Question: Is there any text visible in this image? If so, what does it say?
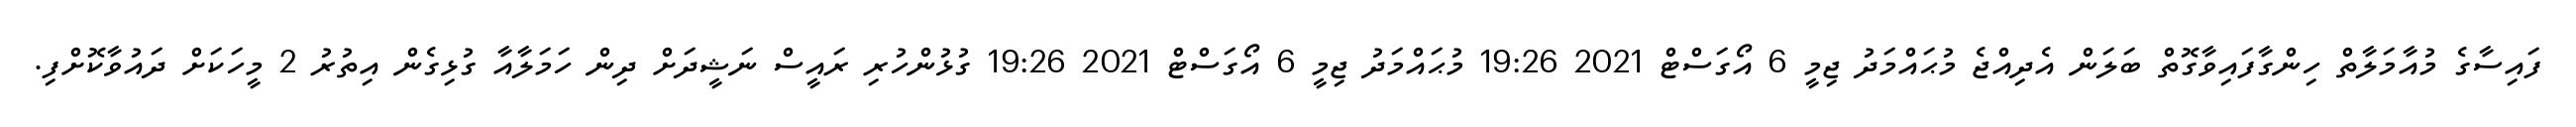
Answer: ފައިސާގެ މުއާމަލާތް ހިންގާފައިވާގޮތް ބަލަން އެދިއްޖެ މުޙައްމަދު ޖިމީ 6 އޯގަސްޓް 2021 19:26 މުޙައްމަދު ޖިމީ 6 އޯގަސްޓް 2021 19:26 ގުޅުންހުރި ރައީސް ނަޝީދަށް ދިން ހަމަލާއާ ގުޅިގެން އިތުރު 2 މީހަކަށް ދައުވާކޮށްފި.